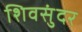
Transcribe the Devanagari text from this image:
शिवसुंदर